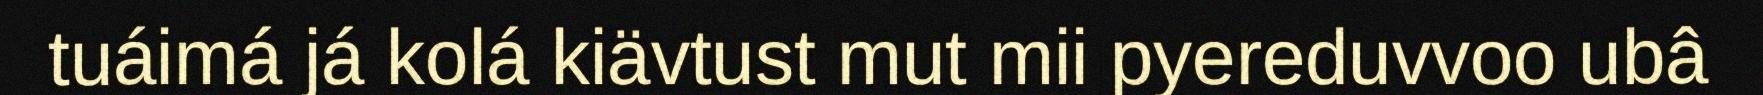
tuáimá já kolá kiävtust mut mii pyereduvvoo ubâ